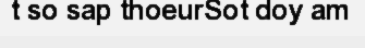
t so sap thoeurSot doy am